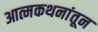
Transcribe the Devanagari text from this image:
आत्मकथनांतून